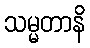
သမ္မတာနိ